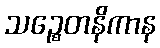
သဉ္စေတနိကာန